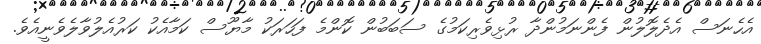
އެހެނަސް އެދެލޮލުން ފެންނަމުންދާ ރުޅިވެރިކަމުގެ ސަބަބުން ކޮންމެ ފަހަރަކު މާޔޫސް ކަމާއެކު ކަރުއެލުވާލެވެނީއެވެ.